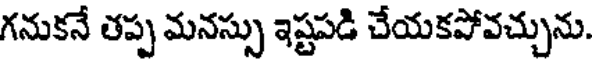
గనుకనే తప్ప మనస్సు ఇష్టపడి చేయకపోవచ్చును.